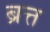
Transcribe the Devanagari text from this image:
ब्रत्त